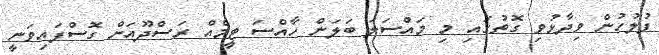
ފުލުހުން ވިދާޅުވި ގޮތުގައި މި މައްސަލަ ބަލަން ހާއްސަ ޓީމެއް ރަސްދޫއަށް ގޮސްފައިވަނީ